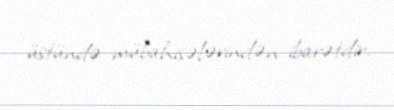
üstündə mübahisələrindən ibarətdir.